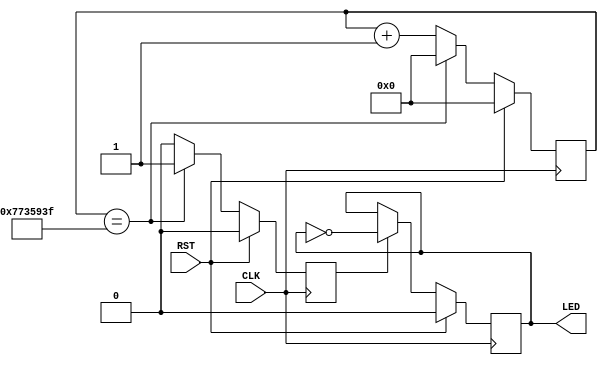
`timescale 1ns / 1ps
//////////////////////////////////////////////////////////////////////////////////
// Company: 
// Engineer: 
// 
// Design Name: 
// Module Name: my_1sec_counter
// Project Name: 
// Target Devices: 
// Tool Versions: 
// Description: 
// 
// Dependencies: 
// 
// Revision:
// Revision 0.01 - File Created
// Additional Comments:
// 
//////////////////////////////////////////////////////////////////////////////////


module my_1sec_counter(
    input RST,
    input CLK,
    output reg LED
    );
    
    parameter clk_freq=125_000_000;  //clk 125MHz 
    reg enable;                        //1 clk  125 
    reg[31:0] cnt;
   
    
always @(posedge CLK)
begin
    if(RST) begin
        cnt<=32'd0;
        enable<=1'b0;
        end
    else begin
        if(cnt==(clk_freq-1)) begin  //cnt 124.99999 enable 1
        cnt<=32'd0;
        enable<=1'b1;
        end
        else begin
        cnt<=cnt+1;  
        enable<=1'b0;
        end
    end
end

always@(posedge CLK)
begin
    if(RST)
        LED<=1'b0;
    else if(enable)  //enable 1 led
        LED<= ~LED;
end        
    
    
endmodule